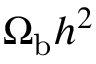
\Omega _ { \mathrm { b } } h ^ { 2 }